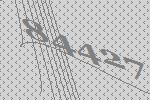
84427